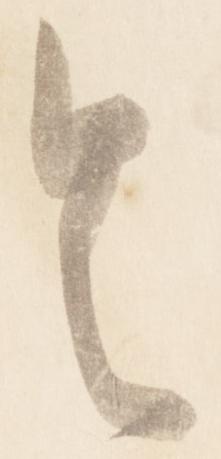
令